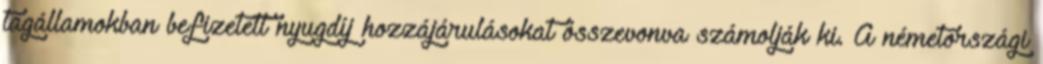
tagállamokban befizetett nyugdíj hozzájárulásokat összevonva számolják ki. A németországi